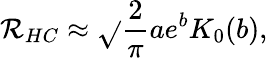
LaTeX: \mathcal{R}_{HC}\approx\sqrt{}{{\frac{{2}}{{\pi}}}}ae^{b}K_{0}(b),